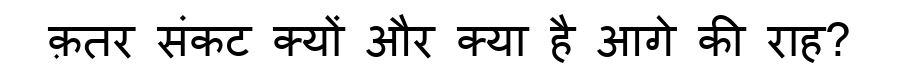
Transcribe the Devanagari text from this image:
क़तर संकट क्यों और क्या है आगे की राह?